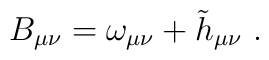
B_{\mu \nu }=\omega _{\mu \nu }+\tilde{h}_{\mu \nu }\ .